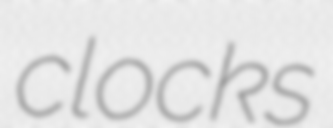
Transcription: clocks